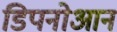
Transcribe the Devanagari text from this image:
डिपनोआन